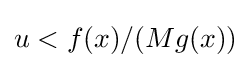
{\textstyle u<f(x)/(Mg(x))}